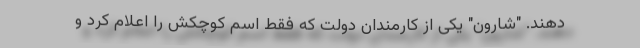
دهند. "شارون" یکی از کارمندان دولت که فقط اسم کوچکش را اعلام کرد و